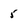
Character: 5